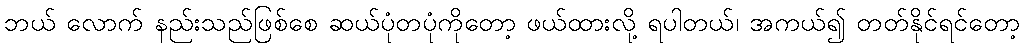
ဘယ် လောက် နည်းသည်ဖြစ်စေ ဆယ်ပုံတပုံကိုတော့ ဖယ်ထားလို့ ရပါတယ်၊ အကယ်၍ တတ်နိုင်ရင်တော့